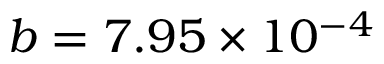
b = 7 . 9 5 \times 1 0 ^ { - 4 }